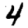
Digit: 4